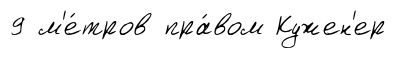
9 м'е́тров пра́вом Кужен'ер